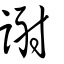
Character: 𧬄